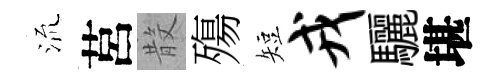
𣴑莒𣪚殤短戎驪堪